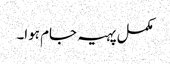
مکمل پہیہ جام ہوا۔